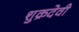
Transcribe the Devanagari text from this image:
शुक्रदेवी